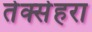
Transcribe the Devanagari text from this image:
तेक्सेहरा